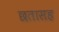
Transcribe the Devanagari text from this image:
छतासह